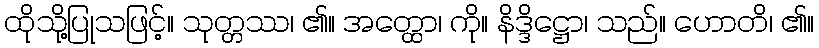
ထိုသို့ပြုသဖြင့်။ သုတ္တဿ၊ ၏။ အတ္ထော၊ ကို။ နိဒ္ဒိဋ္ဌော၊ သည်။ ဟောတိ၊ ၏။